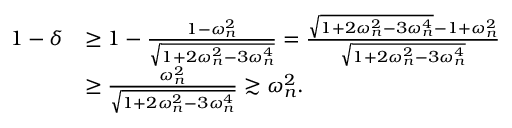
\begin{array} { r l } { 1 - \delta } & { \geq 1 - \frac { 1 - \omega _ { n } ^ { 2 } } { \sqrt { 1 + 2 \omega _ { n } ^ { 2 } - 3 \omega _ { n } ^ { 4 } } } = \frac { \sqrt { 1 + 2 \omega _ { n } ^ { 2 } - 3 \omega _ { n } ^ { 4 } } - 1 + \omega _ { n } ^ { 2 } } { \sqrt { 1 + 2 \omega _ { n } ^ { 2 } - 3 \omega _ { n } ^ { 4 } } } } \\ & { \geq \frac { \omega _ { n } ^ { 2 } } { \sqrt { 1 + 2 \omega _ { n } ^ { 2 } - 3 \omega _ { n } ^ { 4 } } } \gtrsim \omega _ { n } ^ { 2 } . } \end{array}